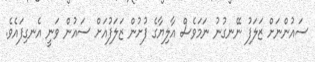
ސައުންނަށް ޒަލަފު ނޭނގުނު ނަމަވެސް އާލިޔާގެ ފުށުން ޒަލަފުއަށް ސައުން ވަނީ އެނގިފައެވެ.